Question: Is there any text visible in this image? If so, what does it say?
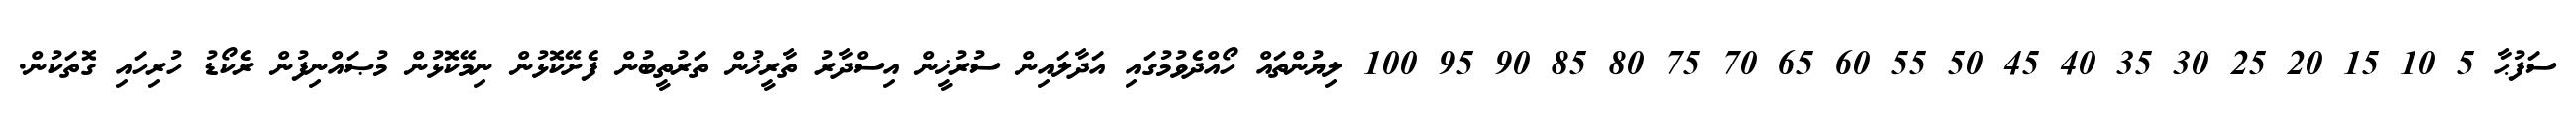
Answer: ސަފުޙާ 5 10 15 20 25 30 35 40 45 50 55 60 65 70 75 80 85 90 95 100 ލިޔުންތައް ހޯއްދެވުމުގައި އަދާލައިން ސުރުޚީން އިސްދާރު ތާރީޚުން ތަރުތީބުން ފެށޭކޮޅުން ނިމޭކޮޅުން މުޞައްނިފުން ރެކޯޑު ހުރިހައި ގޮތަކުން.